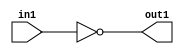
`timescale 1ps / 1ps
/*****************************************************************************
    Verilog RTL Description
    
    
    Created by: Stratus DpOpt 2019.1.01 
*******************************************************************************/

module cache_Not_1U_1U_4_0 (
	in1,
	out1
	); /* architecture "behavioural" */ 
input  in1;
output  out1;
wire  asc001;

assign asc001 = 
	((~in1));

assign out1 = asc001;
endmodule

/* CADENCE  urT0Tg4= : u9/ySgnWtBlWxVPRXgAZ4Og= ** DO NOT EDIT THIS LINE ******/